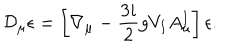
LaTeX: \mathcal { D } _ { \mu } \epsilon = \left[ \nabla _ { \mu } - \frac { 3 i } { 2 } g V _ { I } A _ { \mu } ^ { I } \right] \epsilon .